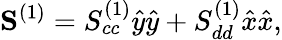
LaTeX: \mathbf{S}^{(1)}=S_{cc}^{(1)}\hat{y}\hat{y}+S_{dd}^{(1)}\hat{x}\hat{x},